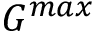
G ^ { m a x }